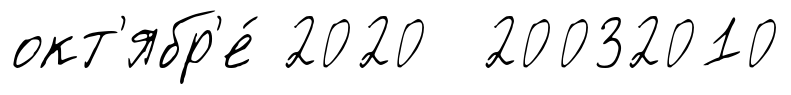
окт'ябр'е́ 2020 20032010